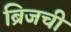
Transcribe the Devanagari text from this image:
ब्रिजची